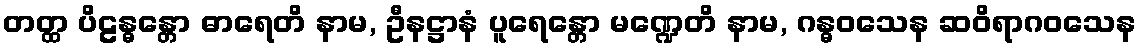
တတ္ထ ပိဠန္ဓန္တော ဓာရေတိ နာမ, ဦနဋ္ဌာနံ ပူရေန္တော မဏ္ဍေတိ နာမ, ဂန္ဓဝသေန ဆဝိရာဂဝသေန